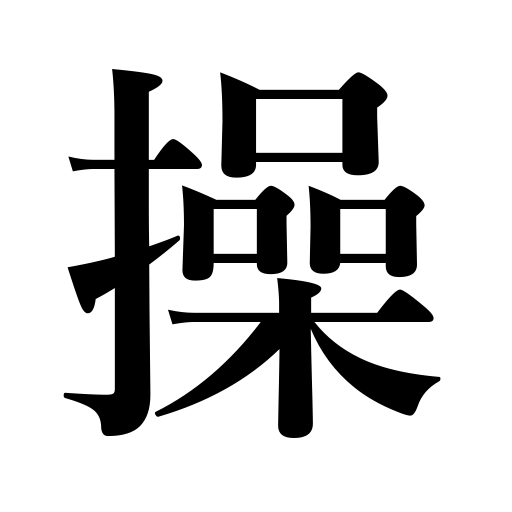
Meanings: virginity,operate,manipulate,fidelity,pull strings,honor,steer,chastity,constancy